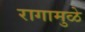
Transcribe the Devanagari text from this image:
रागामुळे